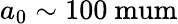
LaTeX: a_{0}\sim 100\mathrm{\ mum}